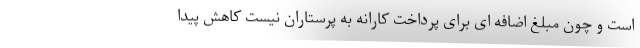
است و چون مبلغ اضافه ای برای پرداخت کارانه به پرستاران نیست کاهش پیدا